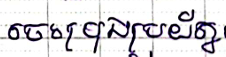
ចេះប្រុងប្រយ័ត្ន